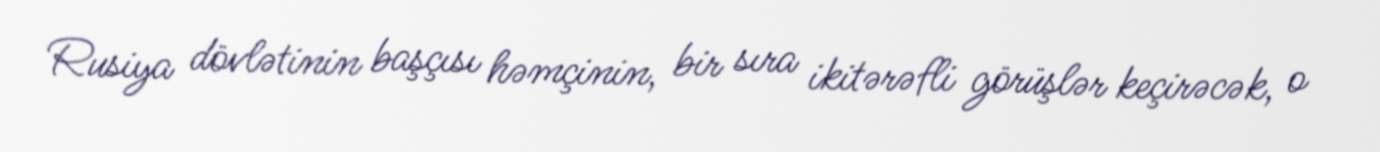
Rusiya dövlətinin başçısı həmçinin, bir sıra ikitərəfli görüşlər keçirəcək, o